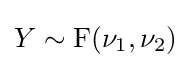
Y\sim \mathrm {F} (\nu _{1},\nu _{2})